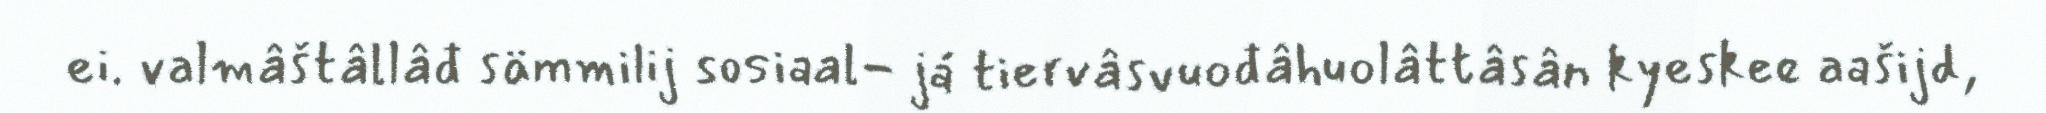
ei. valmâštâllâđ sämmilij sosiaal- já tiervâsvuođâhuolâttâsân kyeskee aašijd,